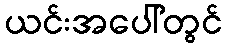
ယင်းအပေါ်တွင်